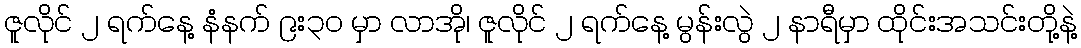
ဇူလိုင် ၂ ရက်နေ့ နံနက် ၉း၃၀ မှာ လာအို၊ ဇူလိုင် ၂ ရက်နေ့ မွန်းလွဲ ၂ နာရီမှာ ထိုင်းအသင်းတို့နဲ့